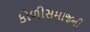
કોળીસમાજની